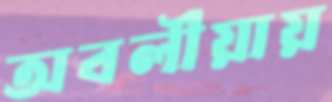
অবলীয়ায়